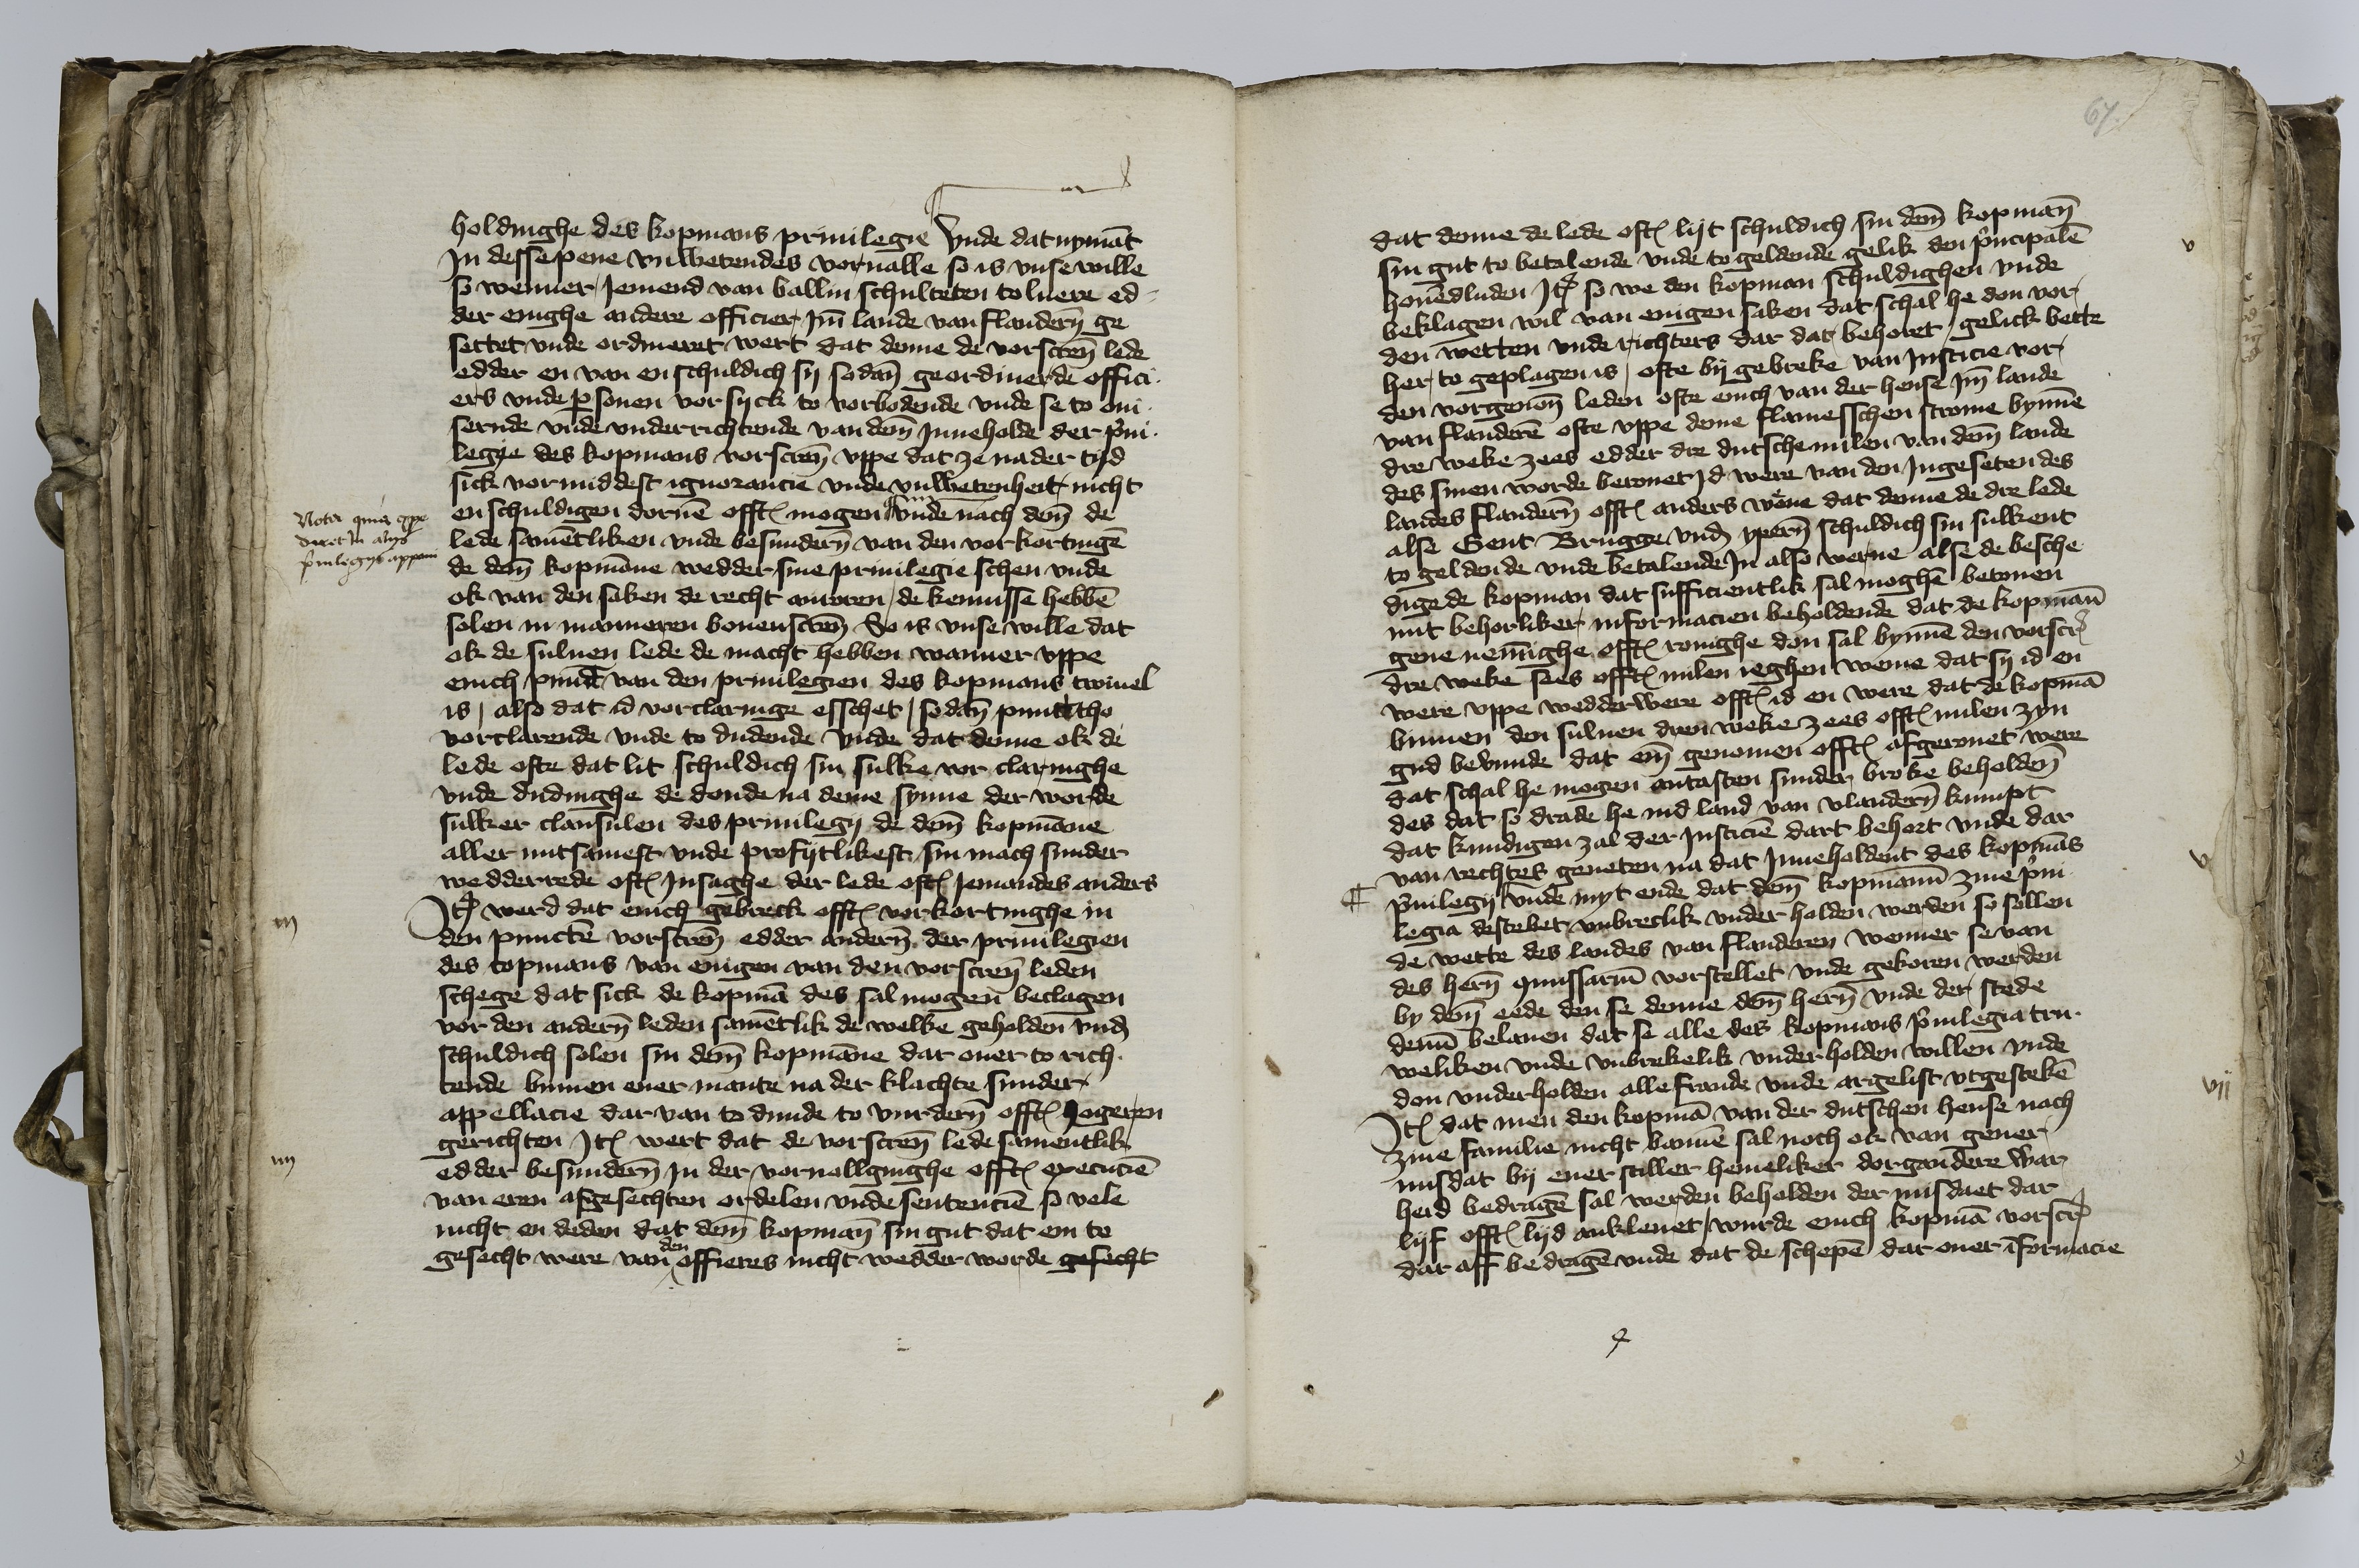
holdinghe des kopmans priuilegie || Vnde dat nymant
Jn desse pene vnwetendes vorualle so is vnse wille
so wenner Jemend van balliu schulteten tolnere ed¬
der enighe andere officier Jmme lande van Flanderen ge¬
settet vnde ordineret wert dat denne de vorscreuen lede
edder en van en schuldich sy sodane geordinerde offici¬
ers vnde personen vor syck to vorbodende vnde se to aui¬
sernde vnde vnderrichtende van deme Jnneholden der priui¬
legie des kopmans vorscreuen vppe dat ze na der tyd
sick vormiddest ignorancie vnde vnwetenheit nicht
enschuldigen doruen offtes mogen || vnde nach deme de
lede samentliken vnde besunderen van den vorkortingen
de deme kopmanne wedder sine priuilegie schen vnde
ok van den saken de recht anroren, de kennisse hebben
solen in manneren bouenscreuen So is vnse wille dat
ok de suluen lede de macht hebben wanner vppe
enich punden van den priuilegien des kopmans twiuel
is, also dat id vorclaringe esschet, sodane punct tho
vorclarende vnde to dudende vnde dat denne ok de
lede ofte dat lit schuldich sin sulke vor claringhe
vnde dudinghe de donde na deme synne der worde
sulker clausulen des priuilegii de deme kopmanne
aller nutsamest vnde profytlikest sin mach sunder
wedderrede oftes Jnsaghe der lede oftes Jemandes anders
Jtem ward dat enich gebreck offtes vorkortinghe in
den puncten vorscreuen edder anderen der priuilegien
des copmans van enigen van den vorscreuen leden
schege dat sick de kopman des sal mogen beclagen
vor den anderen leden samentlik de welke geholden vnd
schuldich solen sin deme kopmanne dat ouer to rich¬
tende binnen ener mante na der klachte sunder
appellacie dar van to dunde to vurdern offte hogeren
gerichten Jtem wert dat de vorscreuen lede samentlik
edder besunderen Jn der veruollginghe offtes execucien
van eren afgesechten ordelen vnde sentencien so vele
nicht en deden dat deme kopmann sin gut dat em to
gesecht were van den offieres nicht wedder worde gesecht

Nota quia expe¬
diret Jn alijs
priuilegijs appani

iij

iiij

67

dat denne de lede oftes lijt schuldich sin deme kopmann
sin gut to betalende vnde to geldende gelik den principalen
houendluden Jtem so we den kopman schuldighen vnde
beklagen wil van enigen saken dat schal he don vor
den wetten vnde richters dar dat behoret, gelick bette
her to geplagen is, ofte by gebreke van Justicie vor
den vorgenomeden leden ofte enich van der hense Jmme lande
van Flanderen ofte vppe deme flamesschen strome bynnen
dre weke zees edder dre dutsche milen van deme lande
des sinen worde berouet id were van den Jngeseten des
landes Flanderen offtes anders wene dat denne de dre lede
alse Gent Brugge vnd Yperen schuldich sin sulkent
to gelden de vnde betalende Jn also werue alse de besche¬
digede kopman dat sufficientlik sal moghen betonen
mit behorliker informancien beholdende dat de kopmann
gene nemmighe offtes rouighe don sal bynnen den vorscreuen
dre weke sees offtes milen ieghen weme dat sy id en
were vppe wedderwere offtes id en were dat de kopman
binnen den suluen dren weke zees offtes milen zyn
gud bevunde dat eme genomen offtes afgerouet were
dat schal he mogen antasten sunder broke beholden
des dat so drade he ind land van Vlanderen kumpt
dat kundigen zal der Justicie dart behort vnde dar
van rechtes geneten na dat Jnneholdent des kopmans
priuilegij || vnde myt ende dat deme kopmanne zine priui¬
legia destebet, vnbreclik vnder holden werden so sollen
de wette des landes van Flanderen wenner se van
des heren commissarium vorstellet vnde gekoren werden
by deme eede den se denne deme heren vnde der stede
denne belauen dat se alle des kopmans priuilegia tru¬
weliken vnde vnbrekelik vnder holden willen vnde
don vnderholden alle fraude vnde argelist vtgesteken
Jtem dat men den kopman van der dutschen hense nach
zine familie nicht bannen sal noch ok van gener
misdat by ener stiller hemeliker dorgandere war¬
heid bedragen sal werden beholden der misdaet dar
lyf offtes lyd ankleuet, wurde enich kopman vorscreuen
dar aff bedragen vnde dat de schepen dar ouer informancie